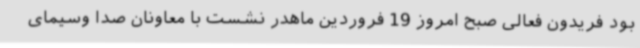
بود فریدون فعالی صبح امروز 19 فروردین ماهدر نشست با معاونان صدا وسیمای